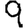
Digit: 9